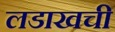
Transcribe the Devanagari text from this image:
लडाखची